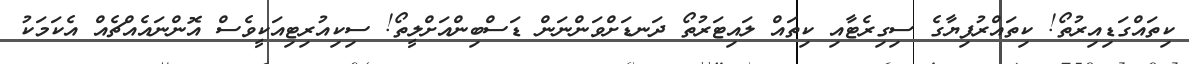
ކިތައްގަޑިއިރުތޯ! ކިތައްރުފިޔާގެ ސިގިރެޓާއި ކިތައް ލައިޓަރުތޯ ދަނޑަށްވަންނަން ޑަސްބިންއަށްލީތޯ! ސިކިއުރިޓިއަކީވެސް އޮންނައެއްޗެއް އެކަމަކު